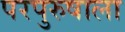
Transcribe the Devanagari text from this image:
परपुरुषाला